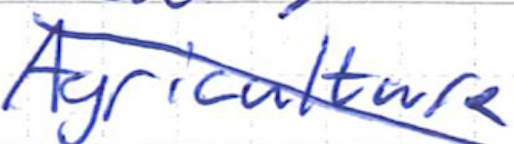
Text: Agriculture
Cross-out: diagonal
Writing tool: ballpoint